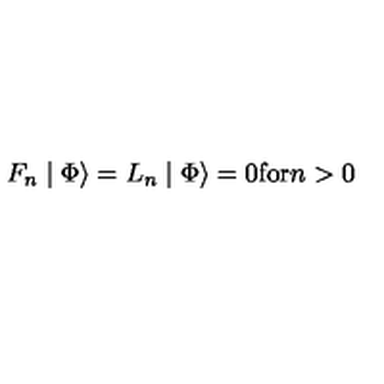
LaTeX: F _ { n } \mid \Phi \rangle = L _ { n } \mid \Phi \rangle = 0 \mathrm { f o r } n > 0